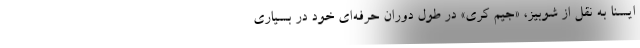
ایسنا به نقل از شوبیز، «جیم کری» در طول دوران حرفه‌ای خود در بسیاری